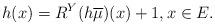
LaTeX: \begin{align*}h(x)=R^{Y}(h\overline{\mu})(x)+1,x\in E.\end{align*}